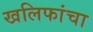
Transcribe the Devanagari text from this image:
खलिफांचा